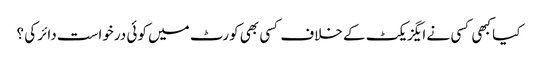
کیا کبھی کسی نے ایگزیکٹ کے خلاف کسی بھی کورٹ میں کوئی درخواست دائر کی ؟